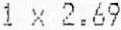
1 X 2.69